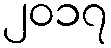
၂၀၁၇